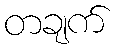
တချက်